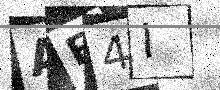
Text: AF4I